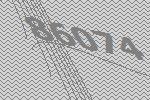
86074